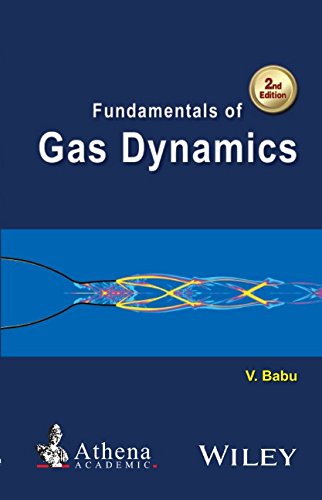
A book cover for Fundamentals of Gas Dynamics (Ane/Athena Books); V. Babu; Science & Math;